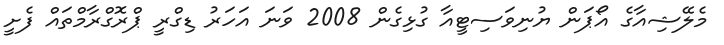
މެލޭޝިއާގެ އޯޕަން ޔުނިވަސިޓީއާ ގުޅިގެން 2008 ވަނަ އަހަރު ޑިގްރީ ޕްރޮގްރާމްތައް ފެށީ